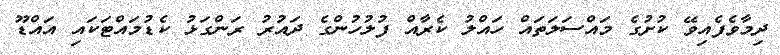
ދިމާވެފެއިވޭ ކުށުގެ މައްސަލަތައް ހައްލު ކެރާއް ފުލުހުންގެ ދައުރު ރަންގަޅު ކެޑުމައްޓަކައި އައްޑޫ